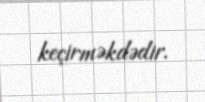
keçirməkdədir.